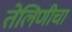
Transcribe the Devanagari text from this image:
तेलिणीचा